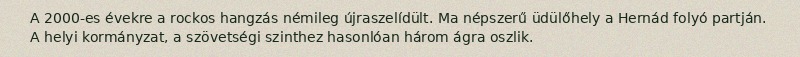
A 2000-es évekre a rockos hangzás némileg újraszelídült. Ma népszerű üdülőhely a Hernád folyó partján. A helyi kormányzat, a szövetségi szinthez hasonlóan három ágra oszlik.